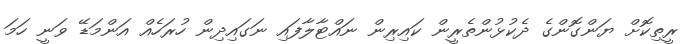
ރީތިކޮށް ޔަންގޮންގެ ދެކުޅުންތެރީން ކައިރިން ނައްޓާލާފައި ނަގައިދިން ހުރަހެއް އަންމަޑޭ ވަނީ ހަމަ